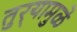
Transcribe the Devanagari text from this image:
तुर्‍यामुळे